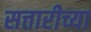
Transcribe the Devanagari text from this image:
सत्तारीच्या